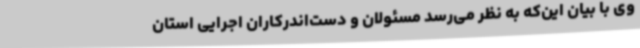
وی با بیان این‌که به نظر می‌رسد مسئولان و دست‌اندرکاران اجرایی استان